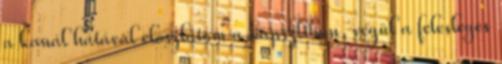
a kanál hátával eloszlatom a kapszliban, végül a felesleges